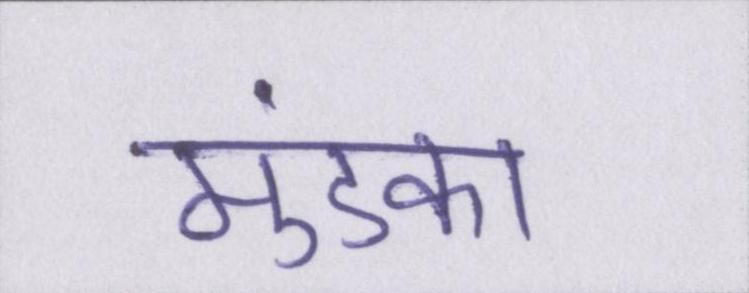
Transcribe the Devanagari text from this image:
मुंडका